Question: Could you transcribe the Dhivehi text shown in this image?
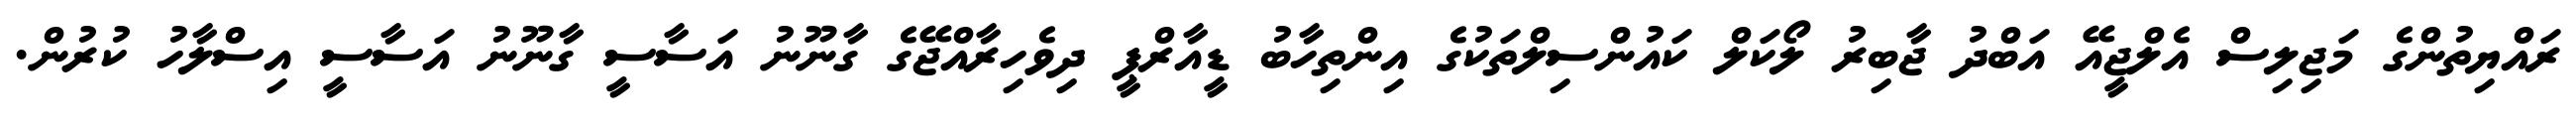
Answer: ރައްޔިތުންގެ މަޖިލިސް އެލްޖީއޭ އަބްދު ޖާބިރު ލޯކަލް ކައުންސިލްތަކުގެ އިންތިހާބު ޑީއާރްޕީ ދިވެހިރާއްޖޭގެ ގާނޫނު އަސާސީ ގާނޫނު އަސާސީ އިސްލާހު ކުރުން.